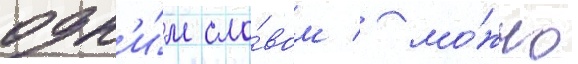
одн'и́м сло́вом / мо́жно